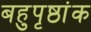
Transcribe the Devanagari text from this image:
बहुपृष्ठांक